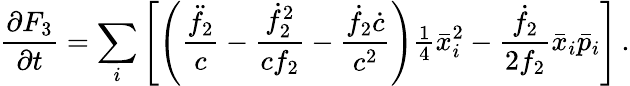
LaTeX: \frac{\partial F_{3}}{\partial t}=\sum_{i}\left[\left(\frac{\ddot{f}_{2}}{c}-\frac{\dot{f}_{2}^{2}}{cf_{2}}-\frac{\dot{f}_{2}\dot{c}}{c^{2}}\right){\textstyle\frac{1}{4}}\bar{x}_{i}^{2}-\frac{\dot{f}_{2}}{2f_{2}}\bar{x}_{i}\bar{p}_{i}\right]\, .